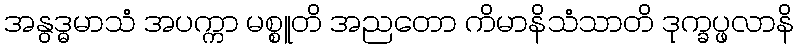
အနွဒ္ဓမာသံ အပက္ကာ မစ္စူတိ အညတော ကိမာနိသံသာတိ ဒုက္ခပ္ဖလာနိ